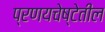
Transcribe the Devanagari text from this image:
प्रणयचेष्टेतील